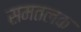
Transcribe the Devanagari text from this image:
समतलक